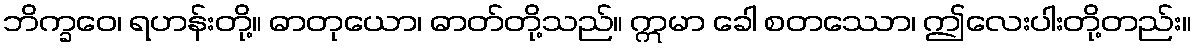
ဘိက္ခဝေ၊ ရဟန်းတို့။ ဓာတုယော၊ ဓာတ်တို့သည်။ ဣမာ ခေါ စတဿော၊ ဤလေးပါးတို့တည်း။